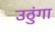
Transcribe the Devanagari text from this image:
उठुंगा